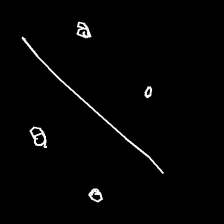
Glyph: cool